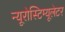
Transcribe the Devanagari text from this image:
न्यूरोस्टिम्यूलेटर